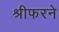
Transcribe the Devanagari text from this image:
श्रीफरने